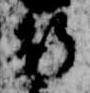
行